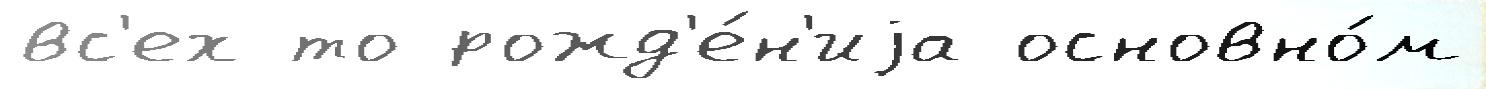
вс'ех то рожд'е́н'иjа основно́м